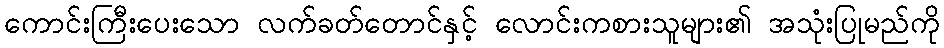
ကောင်းကြီးပေးသော လက်ခတ်တောင်နှင့် လောင်းကစားသူများ၏ အသုံးပြုမည်ကို